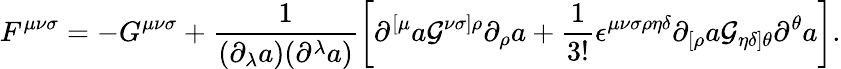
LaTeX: F^{{\mu}{\nu}{\sigma}}=-G^{{\mu}{\nu}{\sigma}}+\frac{1}{({\partial}_{\lambda}a)({\partial}^{\lambda}a)}\left[{\partial}^{[{\mu}}a{\cal G}^{{\nu}{\sigma}]{\rho}}{\partial}_{\rho}a+\frac{1}{3!}{\epsilon}^{{\mu}{\nu}{\sigma}{\rho}{\eta}{\delta}}{\partial}_{[{\rho}}a{\cal G}_{{\eta}{\delta}]{\theta}}{\partial}^{\theta}a\right].